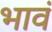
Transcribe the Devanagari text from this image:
भावं